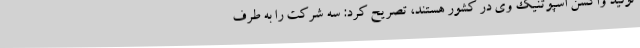
تولید واکسن اسپوتنیک وی در کشور هستند، تصریح کرد: سه شرکت را به طرف